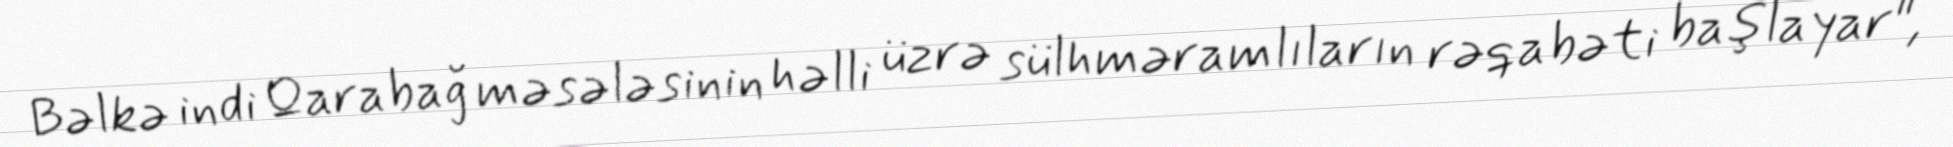
Bəlkə indi Qarabağ məsələsinin həlli üzrə sülhməramlıların rəqabəti başlayar",